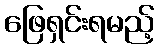
ဖြေရှင်းရမည့်